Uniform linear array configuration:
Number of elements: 8
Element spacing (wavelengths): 1
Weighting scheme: cosine
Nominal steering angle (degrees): -15
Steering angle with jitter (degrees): -13.643
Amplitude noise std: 0.05
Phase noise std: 0.05

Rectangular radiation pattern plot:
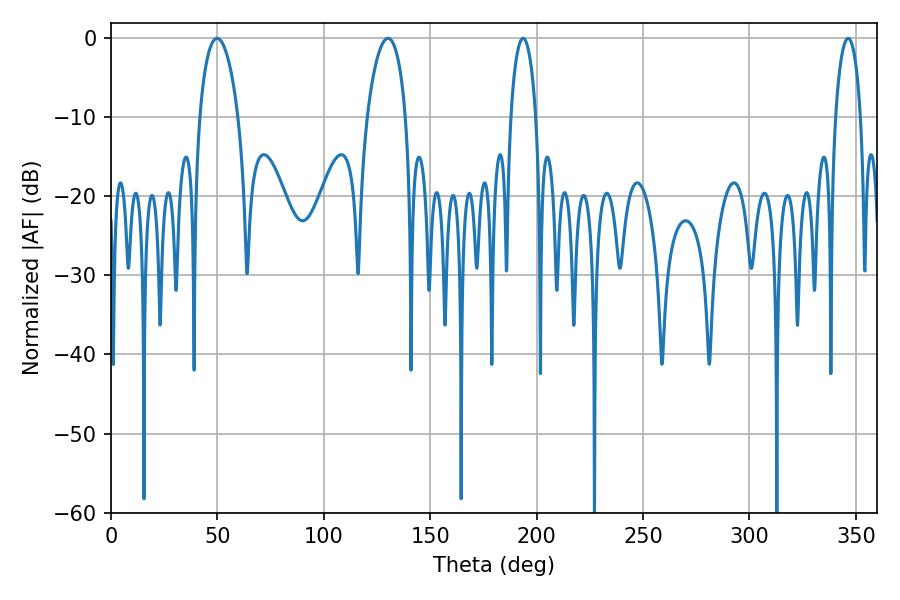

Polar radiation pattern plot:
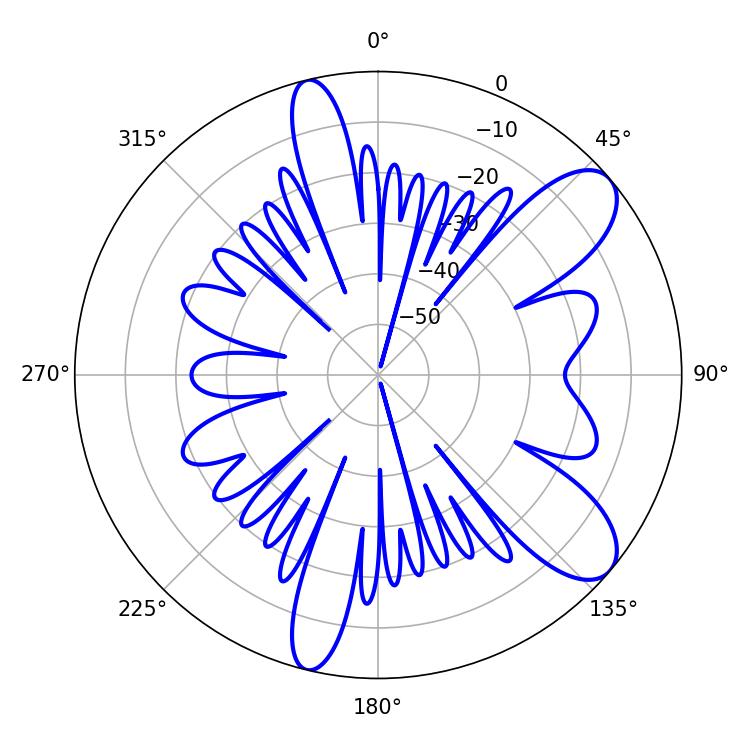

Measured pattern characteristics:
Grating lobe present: TRUE
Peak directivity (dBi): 9.241
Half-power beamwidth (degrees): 10.26
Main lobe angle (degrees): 49.86